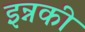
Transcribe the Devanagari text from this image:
इन्नकी